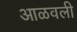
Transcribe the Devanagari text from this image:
आळवली